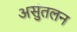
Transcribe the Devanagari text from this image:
असुंतलन